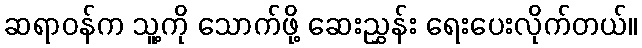
ဆရာဝန်က သူ့ကို သောက်ဖို့ ဆေးညွှန်း ရေးပေးလိုက်တယ်။